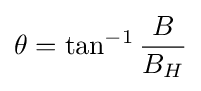
\theta =\tan ^{-1}{\frac {B}{B_{H}}}